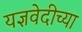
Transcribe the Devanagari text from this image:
यज्ञवेदीच्या